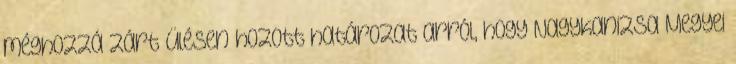
méghozzá zárt ülésen hozott határozat arról, hogy Nagykanizsa Megyei